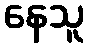
နေသူ